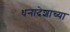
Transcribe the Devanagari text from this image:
धनादेशाच्या